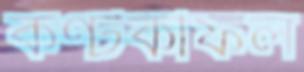
কণ্টকীফল